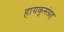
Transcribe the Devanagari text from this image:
हायकूसंग्रह